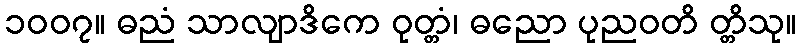
၁၀၀၇။ ဓညံ သာလျာဒိကေ ဝုတ္တံ၊ ဓညော ပုညဝတိ တ္တိသု။